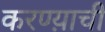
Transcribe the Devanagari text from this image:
करण्य़ाची